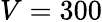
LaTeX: V=300